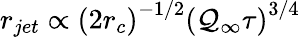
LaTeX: r_{jet}\propto\left(2r_{c}\right)^{-1/2}\left(\mathcal{Q}_{\infty}\tau\right)^{3/4}